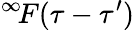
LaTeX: ^{\infty}\! F(\tau-\tau^{\prime})